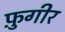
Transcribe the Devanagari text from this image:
फ़ुगीर